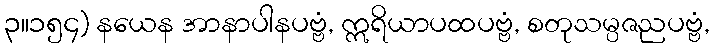
၃။၁၅၄) နယေန အာနာပါနပဗ္ဗံ, ဣရိယာပထပဗ္ဗံ, စတုသမ္ပဇညပဗ္ဗံ,